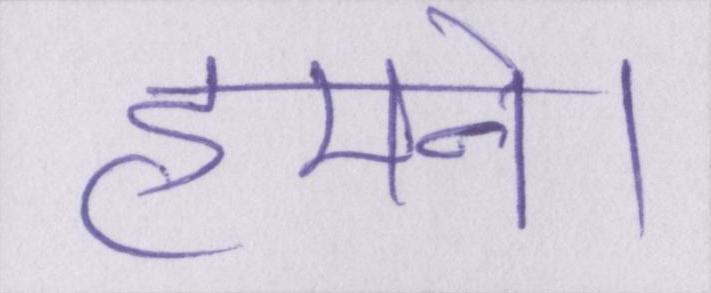
हमने।